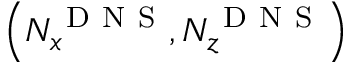
\left( N _ { x } ^ { \mathrm { ~ D ~ N ~ S ~ } } , N _ { z } ^ { \mathrm { ~ D ~ N ~ S ~ } } \right)